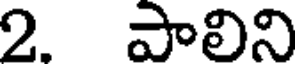
2. పాలిని